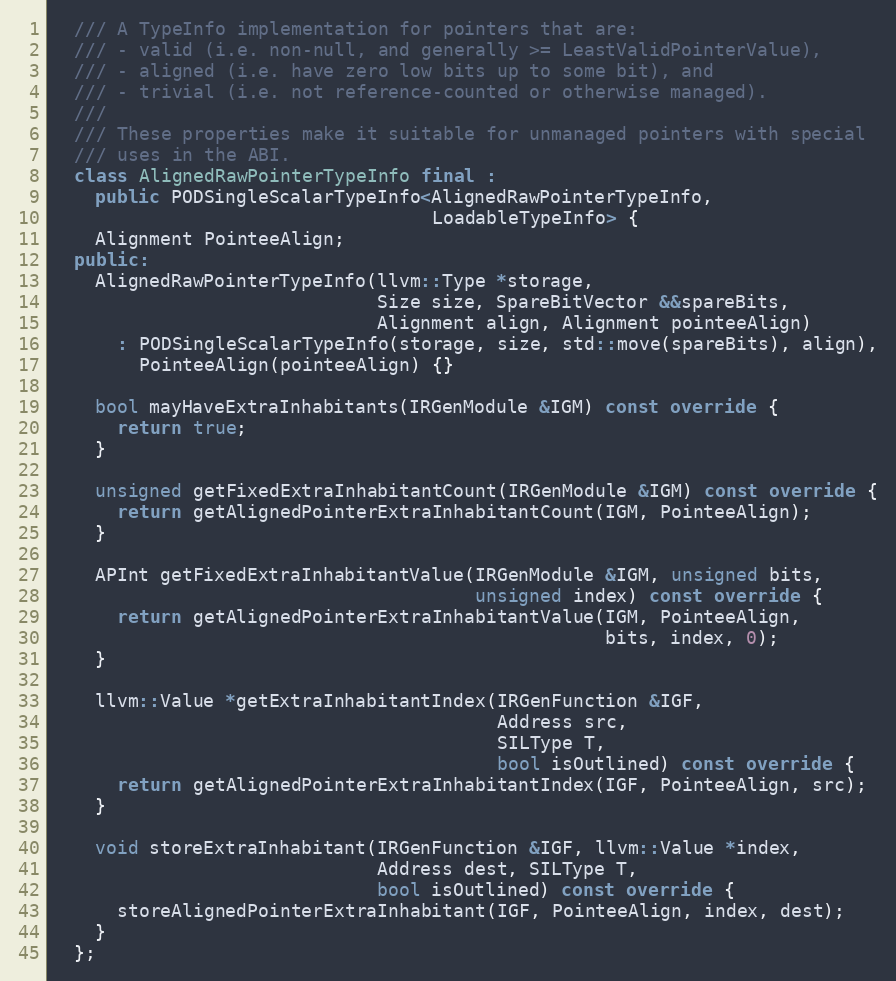
Language: C++
  /// A TypeInfo implementation for pointers that are:
  /// - valid (i.e. non-null, and generally >= LeastValidPointerValue),
  /// - aligned (i.e. have zero low bits up to some bit), and
  /// - trivial (i.e. not reference-counted or otherwise managed).
  ///
  /// These properties make it suitable for unmanaged pointers with special
  /// uses in the ABI.
  class AlignedRawPointerTypeInfo final :
    public PODSingleScalarTypeInfo<AlignedRawPointerTypeInfo,
                                   LoadableTypeInfo> {
    Alignment PointeeAlign;
  public:
    AlignedRawPointerTypeInfo(llvm::Type *storage,
                              Size size, SpareBitVector &&spareBits,
                              Alignment align, Alignment pointeeAlign)
      : PODSingleScalarTypeInfo(storage, size, std::move(spareBits), align),
        PointeeAlign(pointeeAlign) {}

    bool mayHaveExtraInhabitants(IRGenModule &IGM) const override {
      return true;
    }

    unsigned getFixedExtraInhabitantCount(IRGenModule &IGM) const override {
      return getAlignedPointerExtraInhabitantCount(IGM, PointeeAlign);
    }

    APInt getFixedExtraInhabitantValue(IRGenModule &IGM, unsigned bits,
                                       unsigned index) const override {
      return getAlignedPointerExtraInhabitantValue(IGM, PointeeAlign,
                                                   bits, index, 0);
    }

    llvm::Value *getExtraInhabitantIndex(IRGenFunction &IGF,
                                         Address src,
                                         SILType T,
                                         bool isOutlined) const override {
      return getAlignedPointerExtraInhabitantIndex(IGF, PointeeAlign, src);
    }

    void storeExtraInhabitant(IRGenFunction &IGF, llvm::Value *index,
                              Address dest, SILType T,
                              bool isOutlined) const override {
      storeAlignedPointerExtraInhabitant(IGF, PointeeAlign, index, dest);
    }
  };